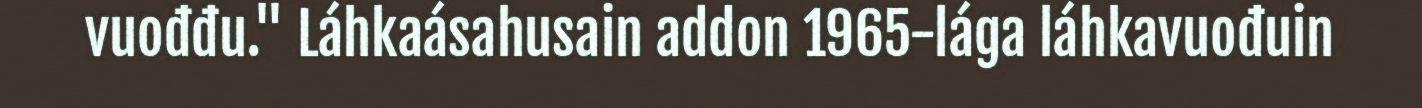
vuođđu." Láhkaásahusain addon 1965-lága láhkavuođuin